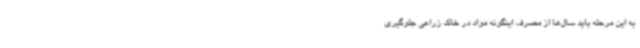
به این مرحله باید سال‌ها از مصرف اینگونه مواد در خاک زراعی جلوگیری